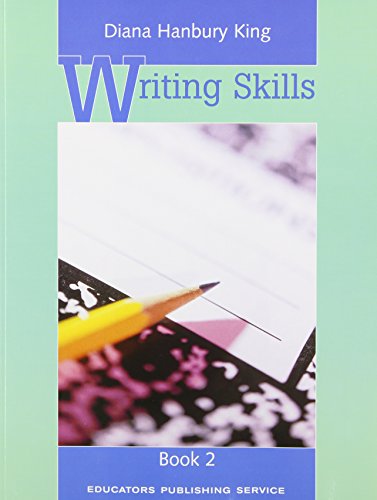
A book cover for Writing Skills Book 2; Diana Hanbury King; Teen & Young Adult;